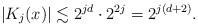
LaTeX: \begin{align*}|K_j(x)| \lesssim 2^{jd} \cdot 2^{2j} = 2^{j(d+2)}.\end{align*}